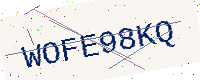
Text: WOFE98KQ